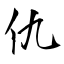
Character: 仇